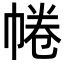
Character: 𢃩